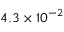
4 . 3 \times 1 0 ^ { - 2 }